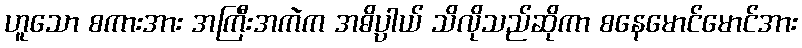
ဟူသော စကားအား အကြီးအကဲက အဓိပ္ပာယ် သိလိုသည်ဆိုကာ စနေမောင်မောင်အား